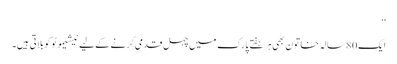
‘‘
ایک 80 سالہ خاتون بھی ہر ہفتے پارک میں چہل قدمی کرنے کے لیے نیشیموٹو کو بلاتی ہیں۔